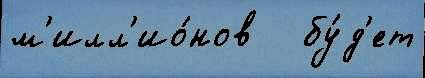
м'илл'ио́нов   бу́д'ет